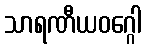
သာရဏီယဝဂ္ဂေါ